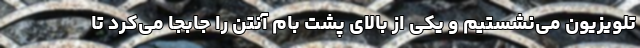
تلویزیون می‌نشستیم و یکی از بالای پشت بام آنتن را جابجا می‌کرد تا